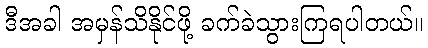
ဒီအခါ အမှန်သိနိုင်ဖို့ ခက်ခဲသွားကြရပါတယ်။